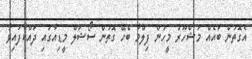
އެގޮތުން ބައެއް މަޝްހޫރު މީހުން ފިލްމާ ބެހޭ ގޮތުން ސޯޝަލް މީޑިއާގައި ދައްކާފައިވާ